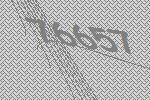
76657